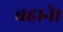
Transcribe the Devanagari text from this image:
बहाने।